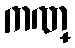
ကဏ္